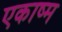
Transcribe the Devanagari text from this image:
एकाष्म